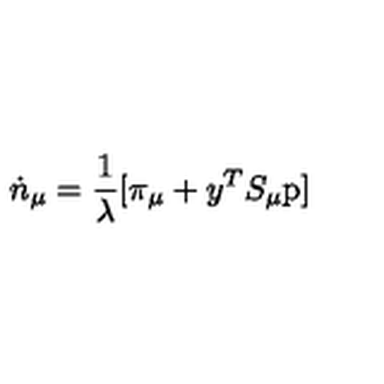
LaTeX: \dot { n } _ { \mu } = \frac { 1 } { \lambda } [ \pi _ { \mu } + y ^ { T } S _ { \mu } \mathrm { p } ]